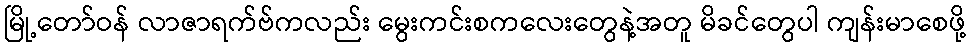
မြို့တော်ဝန် လာဇာရက်ဗ်ကလည်း မွေးကင်းစကလေးတွေနဲ့အတူ မိခင်တွေပါ ကျန်းမာစေဖို့